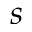
s